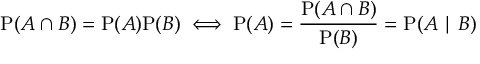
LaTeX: \mathrm { P } ( A \cap B ) = \mathrm { P } ( A ) \mathrm { P } ( B ) \iff \mathrm { P } ( A ) = { \frac { \mathrm { P } ( A \cap B ) } { \mathrm { P } ( B ) } } = \mathrm { P } ( A \mid B )